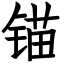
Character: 锚